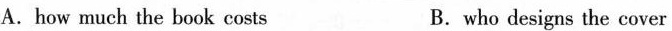
A.how much the book costs B.who designs the cover